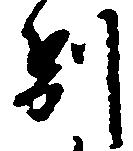
別